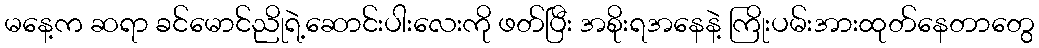
မနေ့က ဆရာ ခင်မောင်ညိုရဲ့ဆောင်းပါးလေးကို ဖတ်ပြီး အစိုးရအနေနဲ့ ကြိုးပမ်းအားထုတ်နေတာတွေ